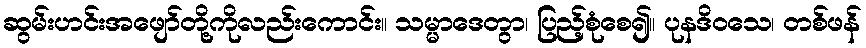
ဆွမ်းဟင်းအဖျော်တို့ကိုလည်းကောင်း။ သမ္မာဒေတွာ၊ ပြည့်စုံစေ၍။ ပုနဒိဝသေ၊ တစ်ဖန်